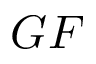
G F